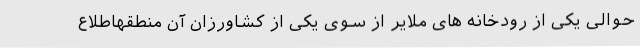
حوالی یکی از رودخانه های ملایر از سوی یکی از کشاورزان آن منطقهاطلاع